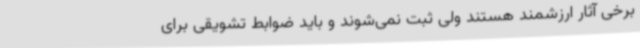
برخی آثار ارزشمند هستند ولی ثبت نمی‌شوند و باید ضوابط تشویقی برای